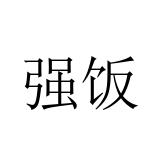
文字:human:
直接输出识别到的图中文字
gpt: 强饭